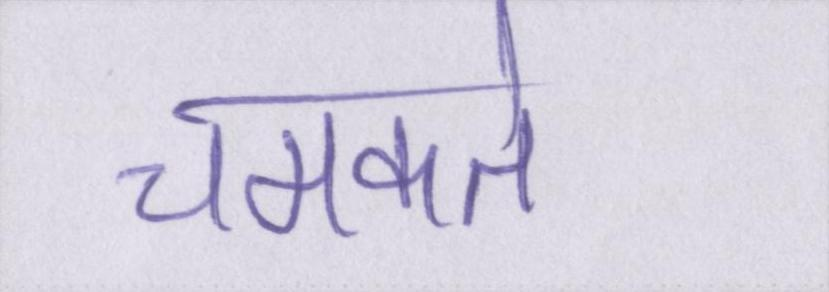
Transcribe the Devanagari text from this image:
चमकते